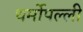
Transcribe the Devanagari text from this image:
थर्मोपल्ली